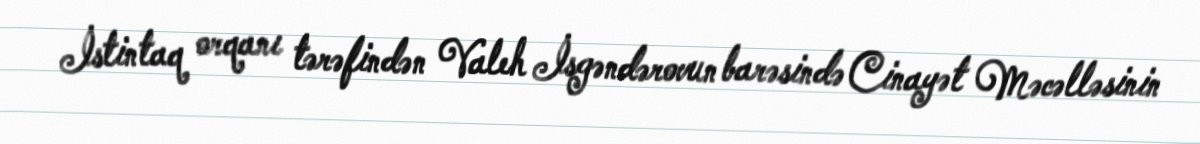
İstintaq orqanı tərəfindən Valeh İsgəndərovun barəsində Cinayət Məcəlləsinin